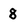
Character: 8